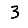
Digit: 3